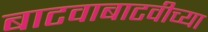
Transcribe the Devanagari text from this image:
बाटवाबाटवीच्या